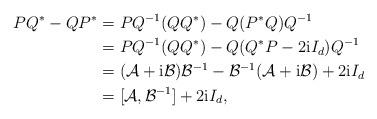
LaTeX: \begin{align*} P Q^{*} - Q P^{*} &= P Q^{-1} (Q Q^{*}) - Q (P^{*} Q) Q^{-1} \\ &= P Q^{-1} (Q Q^{*}) - Q (Q^{*}P - 2{\rm i}I_{d}) Q^{-1} \\ &= ( \mathcal{A} + {\rm i}\mathcal{B}) \mathcal{B}^{-1} - \mathcal{B}^{-1}( \mathcal{A} + {\rm i}\mathcal{B}) + 2{\rm i}I_{d} \\ &= [\mathcal{A}, \mathcal{B}^{-1}] + 2{\rm i}I_{d},\end{align*}